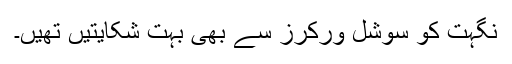
نگہت کو سوشل ورکرز سے بھی بہت شکایتیں تھیں۔